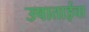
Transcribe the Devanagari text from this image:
उषाताईचा